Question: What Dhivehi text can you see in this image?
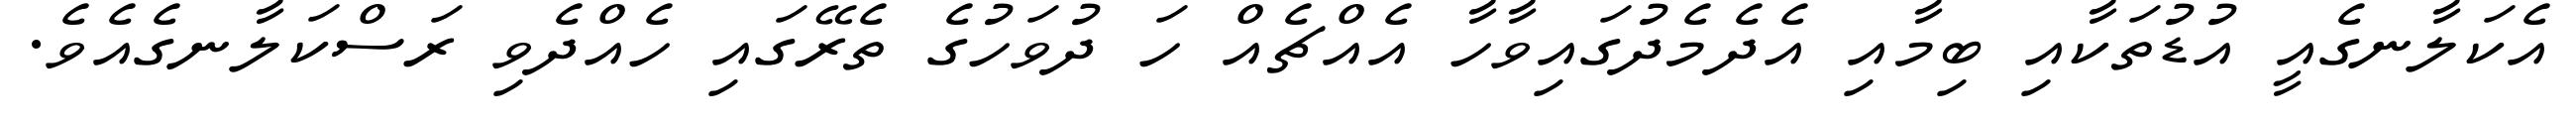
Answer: އެކަލާނގެއީ އުޑުތަކާއި ބިމާއި އެދެމެދުގައިވާހާ އެއްޗެއް ހަ ދުވަހުގެ ތެރޭގައި ހެއްދެވި ރަސްކަލާނގެއެވެ.